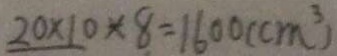
2 0 \times 1 0 \times 8 = 1 6 0 0 ( c m ^ { 3 } )